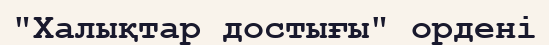
"Халықтар достығы" ордені